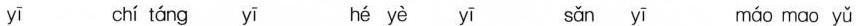
yī chí táng yī hé yè yī sǎn yī máo mao yǔ